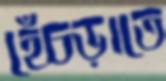
হেঁচড়াতে